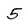
Character: 5